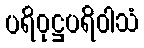
ပရိဝုဋ္ဌပရိဝါသံ